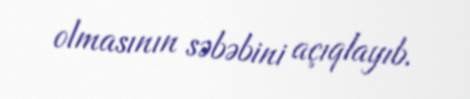
olmasının səbəbini açıqlayıb.